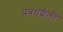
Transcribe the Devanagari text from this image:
प्रबंधशैली